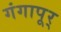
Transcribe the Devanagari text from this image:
गंगापूर्